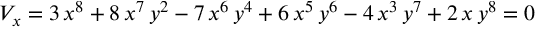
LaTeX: V _ { x } = 3 \, { x ^ { 8 } } + 8 \, { x ^ { 7 } } \, { y ^ { 2 } } - 7 \, { x ^ { 6 } } \, { y ^ { 4 } } + 6 \, { x ^ { 5 } } \, { y ^ { 6 } } - 4 \, { x ^ { 3 } } \, { y ^ { 7 } } + 2 \, x \, { y ^ { 8 } } = 0